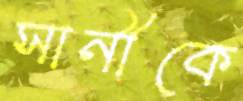
সানীকে